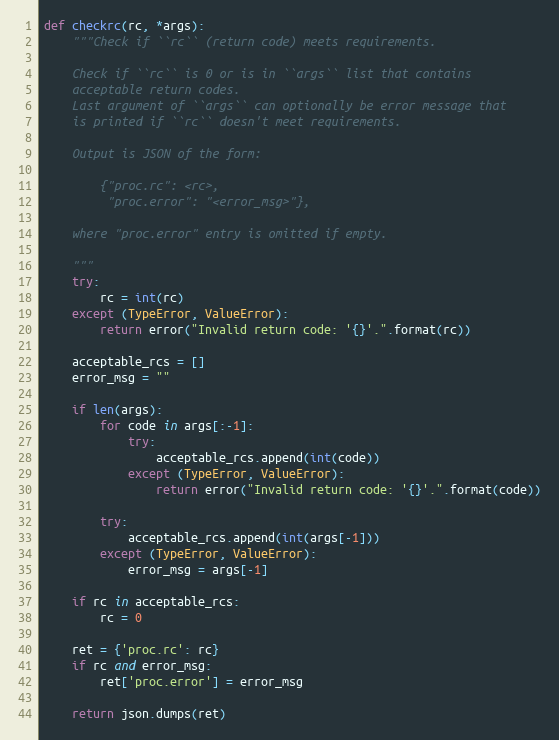
Language: Python
def checkrc(rc, *args):
    """Check if ``rc`` (return code) meets requirements.

    Check if ``rc`` is 0 or is in ``args`` list that contains
    acceptable return codes.
    Last argument of ``args`` can optionally be error message that
    is printed if ``rc`` doesn't meet requirements.

    Output is JSON of the form:

        {"proc.rc": <rc>,
         "proc.error": "<error_msg>"},

    where "proc.error" entry is omitted if empty.

    """
    try:
        rc = int(rc)
    except (TypeError, ValueError):
        return error("Invalid return code: '{}'.".format(rc))

    acceptable_rcs = []
    error_msg = ""

    if len(args):
        for code in args[:-1]:
            try:
                acceptable_rcs.append(int(code))
            except (TypeError, ValueError):
                return error("Invalid return code: '{}'.".format(code))

        try:
            acceptable_rcs.append(int(args[-1]))
        except (TypeError, ValueError):
            error_msg = args[-1]

    if rc in acceptable_rcs:
        rc = 0

    ret = {'proc.rc': rc}
    if rc and error_msg:
        ret['proc.error'] = error_msg

    return json.dumps(ret)